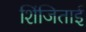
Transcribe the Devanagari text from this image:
शिंजिताई